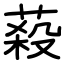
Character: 蔱